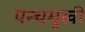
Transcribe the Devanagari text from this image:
पन्चमुखी